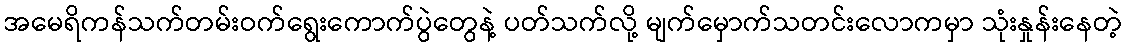
အမေရိကန်သက်တမ်းဝက်ရွေးကောက်ပွဲတွေနဲ့ ပတ်သက်လို့ မျက်မှောက်သတင်းလောကမှာ သုံးနှုန်းနေတဲ့